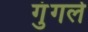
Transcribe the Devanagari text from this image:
गुंगले